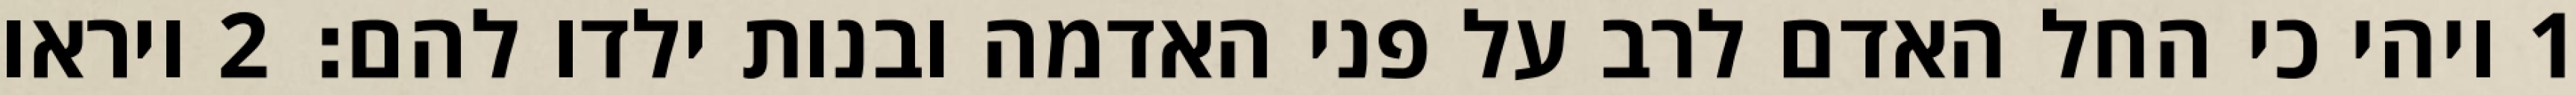
1 ויהי כי החל האדם לרב על פני האדמה ובנות ילדו להם׃ ‎2‏ ויראו